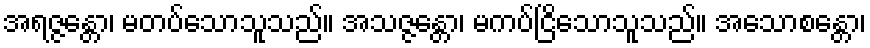
အရဇ္ဇန္တော၊ မတပ်သောသူသည်။ အသဇ္ဇန္တော၊ မကပ်ငြိသောသူသည်။ အသောစန္တော၊